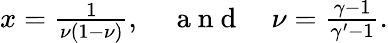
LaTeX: \begin{array}{r}{x=\frac 1{\nu(1-\nu)},\quad\mathrm{~a~n~d~}\quad\nu=\frac{\gamma-1}{\gamma^{\prime}-1}.}\end{array}